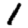
Digit: 1